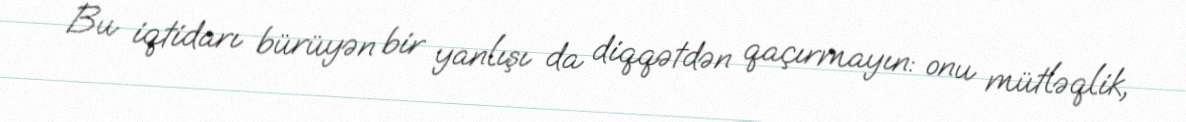
Bu iqtidarı bürüyən bir yanlışı da diqqətdən qaçırmayın: onu mütləqlik,